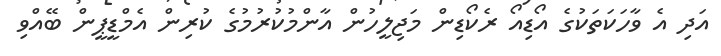
އަދި އެ ވާހަކަތަކުގެ އޯޑިއޯ ރެކޯޑިން މަޖިލީހުން އާންމުކުރުމުގެ ކުރިން އެމްޑީޕީން ބޭއްވި